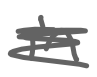
Text: in
Cross-out: scratch
Writing tool: digital_gray